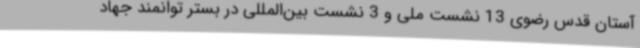
آستان قدس رضوی 13 نشست ملی و 3 نشست بین‌المللی در بستر توانمند جهاد